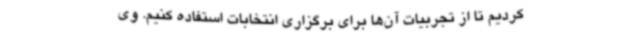
کردیم تا از تجربیات آن‌ها برای برگزاری انتخابات استفاده کنیم. وی